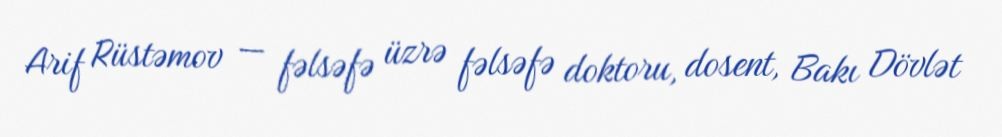
Arif Rüstəmov — fəlsəfə üzrə fəlsəfə doktoru, dosent, Bakı Dövlət